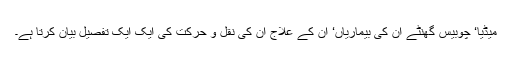
میڈیا‘ چوبیس گھنٹے ان کی بیماریاں‘ ان کے علاج ان کی نقل و حرکت کی ایک ایک تفصیل بیان کرتا ہے۔